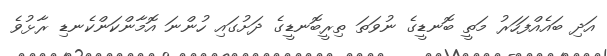
އަދި ބައެއްފަހަރު މަތީ ބޮނޑީގެ ނުވަތަ ތިރީބޮނޑީގެ ދަށުގައި ހުންނަ އޮމާންކަންކެނޑި ރާޅުވެ